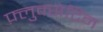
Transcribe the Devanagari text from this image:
फ़्लुक्सेटिन